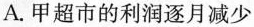
A.甲超市的利润逐月减少